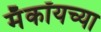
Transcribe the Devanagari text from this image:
मॅकॉयच्या